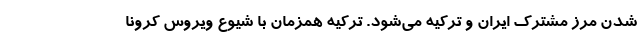
شدن مرز مشترک ایران و ترکیه می‌شود. ترکیه همزمان با شیوع ویروس کرونا